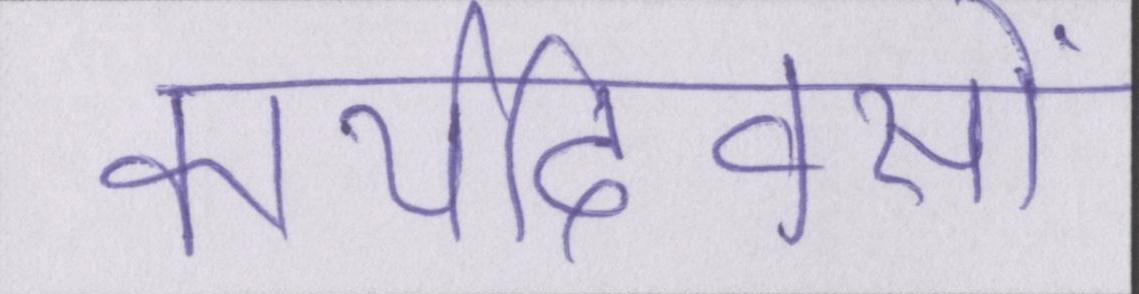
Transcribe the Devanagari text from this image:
कार्यदिवसों